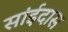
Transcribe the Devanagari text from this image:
सांईदास